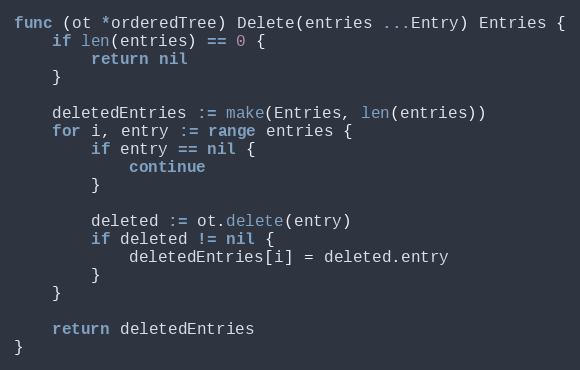
Language: Go
func (ot *orderedTree) Delete(entries ...Entry) Entries {
	if len(entries) == 0 {
		return nil
	}

	deletedEntries := make(Entries, len(entries))
	for i, entry := range entries {
		if entry == nil {
			continue
		}

		deleted := ot.delete(entry)
		if deleted != nil {
			deletedEntries[i] = deleted.entry
		}
	}

	return deletedEntries
}